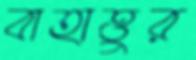
বাহাত্তুর